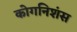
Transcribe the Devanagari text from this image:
कोगनिशंस